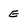
Character: E